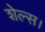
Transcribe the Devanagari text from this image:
शेल्स।